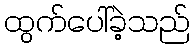
ထွက်ပေါ်ခဲ့သည်